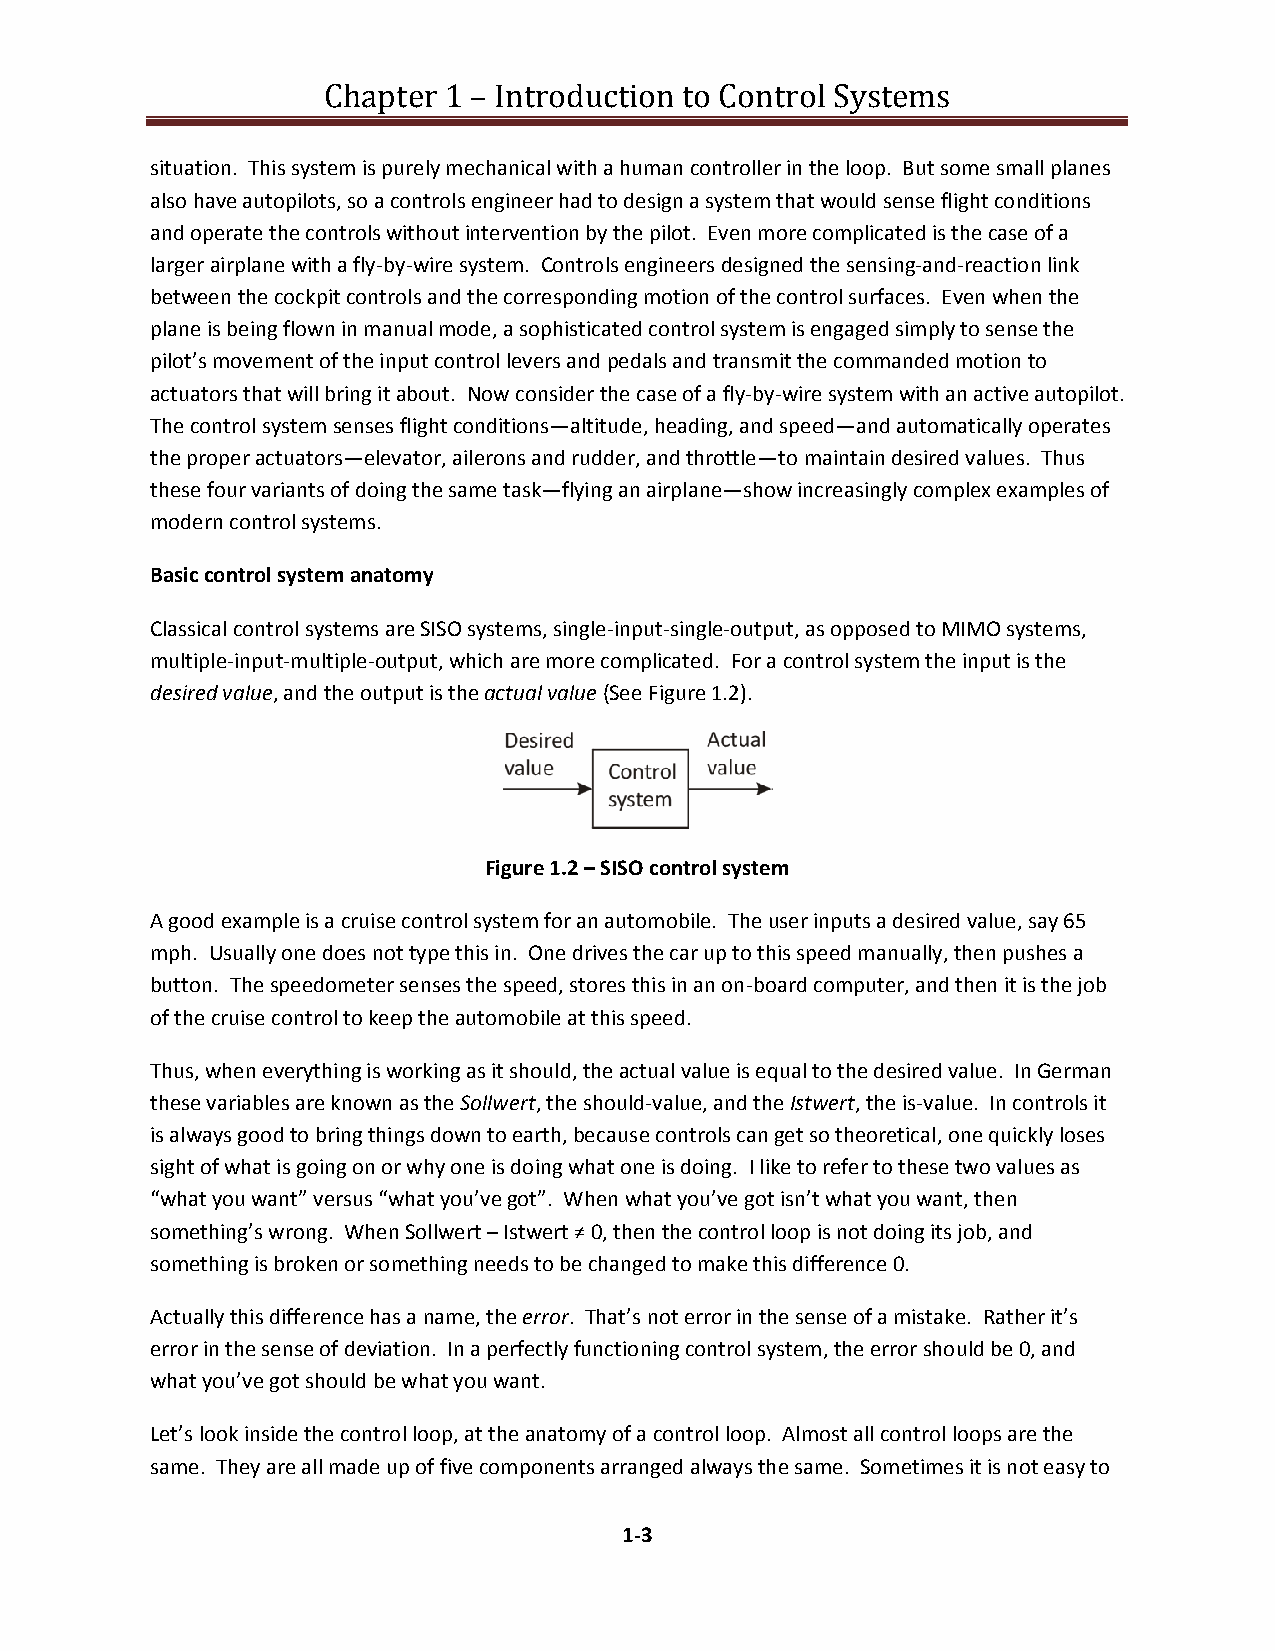
Chapter 1 – Introduction to Control Systems
 situation. This system is purely mechanical with a human controller in the loop. But some small planes
 also have autopilots, so a controls engineer had to design a system that would sense flight conditions
 and operate the controls without intervention by the pilot. Even more complicated is the case of a
 larger airplane with a fly‐by‐wire system. Controls engineers designed the sensing‐and‐reaction link
 between the cockpit controls and the corresponding motion of the control surfaces. Even when the
 plane is being flown in manual mode, a sophisticated control system is engaged simply to sense the
 pilot’s movement of the input control levers and pedals and transmit the commanded motion to
 actuators that will bring it about. Now consider the case of a fly‐by‐wire system with an active autopilot.
 The control system senses flight conditions—altitude, heading, and speed—and automatically operates
 the proper actuators—elevator, ailerons and rudder, and throttle—to maintain desired values. Thus
 these four variants of doing the same task—flying an airplane—show increasingly complex examples of
 modern control systems.
 Basic control system anatomy
 Classical control systems are SISO systems, single‐input‐single‐output, as opposed to MIMO systems,
 multiple‐input‐multiple‐output, which are more complicated. For a control system the input is the
 desired value, and the output is the actual value (See Figure 1.2).
 Figure 1.2 – SISO control system
 A good example is a cruise control system for an automobile. The user inputs a desired value, say 65
 mph. Usually one does not type this in. One drives the car up to this speed manually, then pushes a
 button. The speedometer senses the speed, stores this in an on‐board computer, and then it is the job
 of the cruise control to keep the automobile at this speed.
 Thus, when everything is working as it should, the actual value is equal to the desired value. In German
 these variables are known as the Sollwert, the should‐value, and the Istwert, the is‐value. In controls it
 is always good to bring things down to earth, because controls can get so theoretical, one quickly loses
 sight of what is going on or why one is doing what one is doing. I like to refer to these two values as
 “what you want” versus “what you’ve got”. When what you’ve got isn’t what you want, then
 something’s wrong. When Sollwert – Istwert ≠ 0, then the control loop is not doing its job, and
 something is broken or something needs to be changed to make this difference 0.
 Actually this difference has a name, the error. That’s not error in the sense of a mistake. Rather it’s
 error in the sense of deviation. In a perfectly functioning control system, the error should be 0, and
 what you’ve got should be what you want.
 Let’s look inside the control loop, at the anatomy of a control loop. Almost all control loops are the
 same. They are all made up of five components arranged always the same. Sometimes it is not easy to
 1‐3